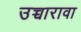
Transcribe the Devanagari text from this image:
उच्चारावा